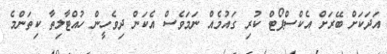
އަދަކަށް ބޭރަށް އެކްސްޕޯޓް ކުރި ގައުމެއް ނަމަވެސް އެކަން ދިވެހީން ހުއްޓާލިތާ ކިތަންމެ